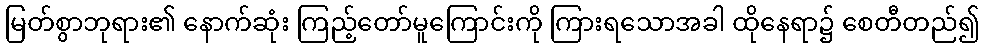
မြတ်စွာဘုရား၏ နောက်ဆုံး ကြည့်တော်မူကြောင်းကို ကြားရသောအခါ ထိုနေရာ၌ စေတီတည်၍